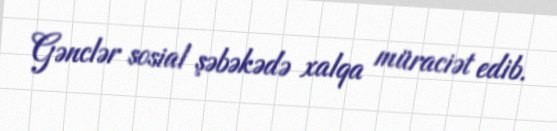
Gənclər sosial şəbəkədə xalqa müraciət edib.